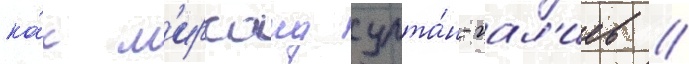
ка́к м'ирсаид султа́н-гал'иев /